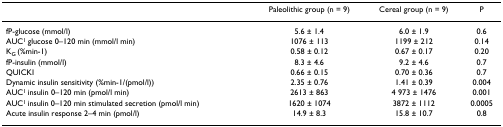
<table><thead><tr><td></td><td><b>Paleolithic group (n = 9)</b></td><td><b>Cereal group (n = 9)</b></td><td><b>P</b></td></tr></thead><tbody><tr><td>fP-glucose (mmol/l)</td><td>5.6 ± 1.4</td><td>6.0 ± 1.9</td><td>0.6</td></tr><tr><td>AUC<sup>1 </sup>glucose 0–120 min (mmol/l min)</td><td>1076 ± 113</td><td>1199 ± 212</td><td>0.14</td></tr><tr><td>K<sub>G </sub>(%min-1)</td><td>0.58 ± 0.12</td><td>0.67 ± 0.17</td><td>0.20</td></tr><tr><td>fP-insulin (mmol/l)</td><td>8.3 ± 4.6</td><td>9.2 ± 4.6</td><td>0.7</td></tr><tr><td>QUICKI</td><td>0.66 ± 0.15</td><td>0.70 ± 0.36</td><td>0.7</td></tr><tr><td>Dynamic insulin sensitivity (%min-1/(pmol/l))</td><td>2.35 ± 0.76</td><td>1.41 ± 0.39</td><td>0.004</td></tr><tr><td>AUC<sup>1 </sup>insulin 0–120 min (pmol/l min)</td><td>2613 ± 863</td><td>4 973 ± 1476</td><td>0.001</td></tr><tr><td>AUC<sup>1 </sup>insulin 0–120 min stimulated secretion (pmol/l min)</td><td>1620 ± 1074</td><td>3872 ± 1112</td><td>0.0005</td></tr><tr><td>Acute insulin response 2–4 min (pmol/l)</td><td>14.9 ± 8.3</td><td>15.8 ± 10.7</td><td>0.8</td></tr></tbody></table>